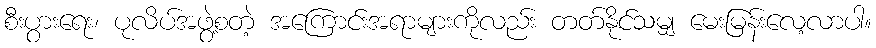
စီးပွားရေး၊ ပုလိပ်အဖွဲ့စတဲ့ အကြောင်းအရာများကိုလည်း တတ်နိုင်သမျှ မေးမြန်းလေ့လာပါ။